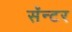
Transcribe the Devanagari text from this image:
सॅन्टर